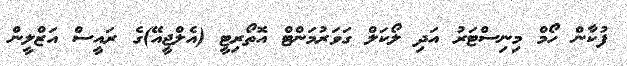
ފުކާން ހޯމް މިނިސްޓަރު އަދި ލޯކަލް ގަވަރުމަންޓް އޮތޯރިޓީ (އެލްޖީއޭ)ގެ ރައީސް އަޒްލީން